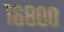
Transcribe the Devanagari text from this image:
१६८००